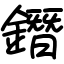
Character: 鐕